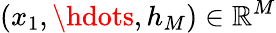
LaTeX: (x_{1},\hdots,h_{M})\in\mathbb{R}^{M}